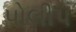
પોલીપ